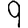
Digit: 9